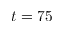
t = 7 5